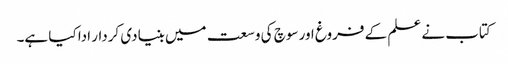
کتاب نے علم کے فروغ اور سوچ کی وسعت میں بنیادی کردار ادا کیا ہے۔